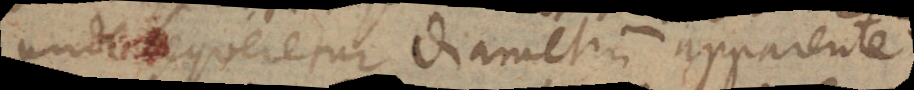
unde sequeretur diametrum apparentem